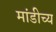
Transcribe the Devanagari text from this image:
मांडीच्य